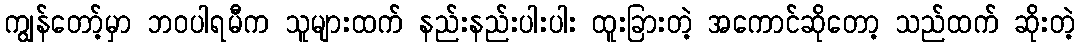
ကျွန်တော့်မှာ ဘဝပါရမီက သူများထက် နည်းနည်းပါးပါး ထူးခြားတဲ့ အကောင်ဆိုတော့ သည်ထက် ဆိုးတဲ့